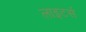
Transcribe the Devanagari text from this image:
लाइटर्स